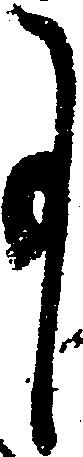
事